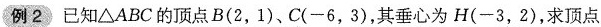
例2 已知\triangle ABC的顶点B(2，1)、C(-6，3)，其垂心为H(-3，2)，求顶点